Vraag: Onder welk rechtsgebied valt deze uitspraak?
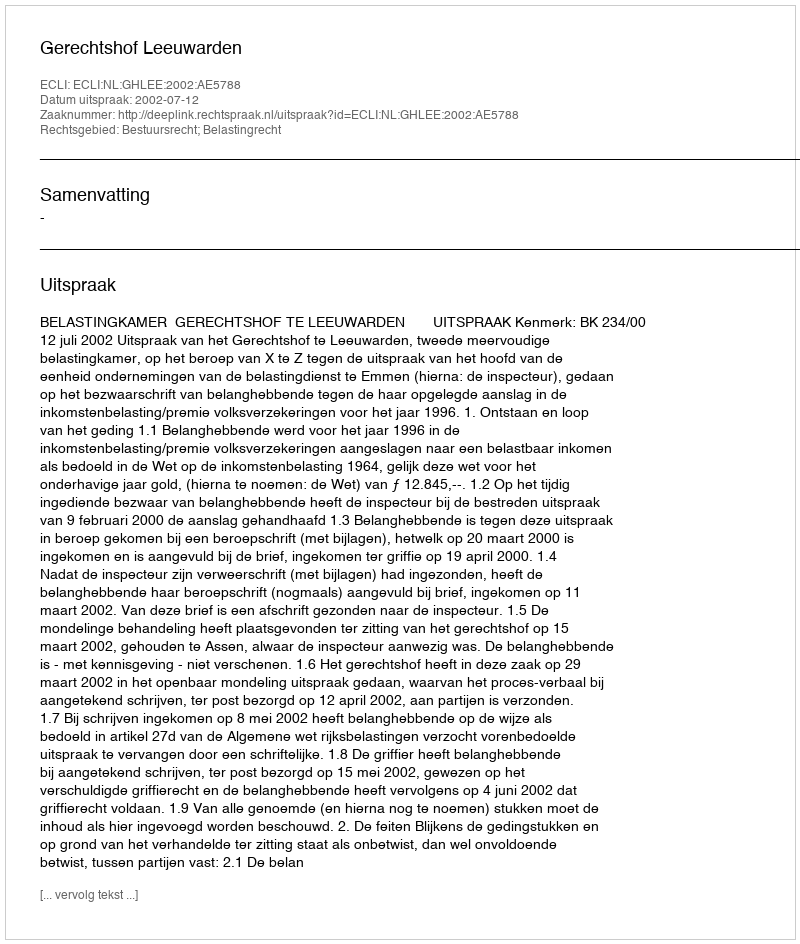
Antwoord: Bestuursrecht; Belastingrecht